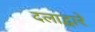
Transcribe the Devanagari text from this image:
दलाद्वारे